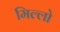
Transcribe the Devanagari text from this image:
मिल्लो